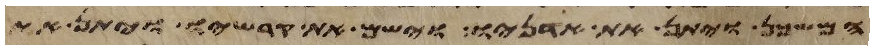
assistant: המשכן ויתן את אדניו וישם את קרשיו ויתן את